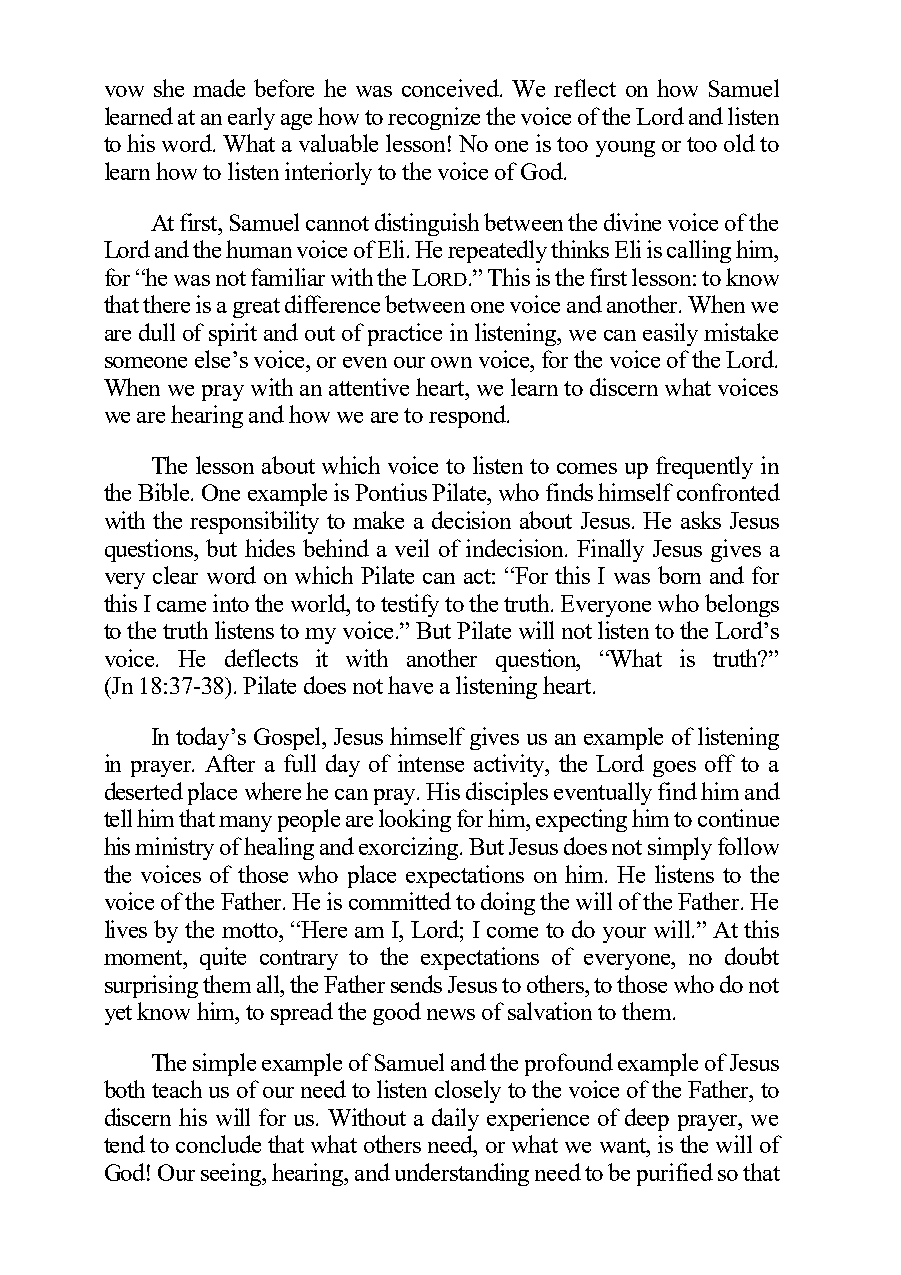
vow she made before he was conceived. We reflect on how Samuel
 learned at an early age how to recognize the voice of the Lord and listen
 to his word. What a valuable lesson! No one is too young or too old to
 learn how to listen interiorly to the voice of God.
 At first, Samuel cannot distinguish between the divine voice of the
 Lord and the human voice of Eli. He repeatedly thinks Eli is calling him,
 for “he was not familiar with the LORD.” This is the first lesson: to know
 that there is a great difference between one voice and another. When we
 are dull of spirit and out of practice in listening, we can easily mistake
 someone else’s voice, or even our own voice, for the voice of the Lord.
 When we pray with an attentive heart, we learn to discern what voices
 we are hearing and how we are to respond.
 The lesson about which voice to listen to comes up frequently in
 the Bible. One example is Pontius Pilate, who finds himself confronted
 with the responsibility to make a decision about Jesus. He asks Jesus
 questions, but hides behind a veil of indecision. Finally Jesus gives a
 very clear word on which Pilate can act: “For this I was born and for
 this I came into the world, to testify to the truth. Everyone who belongs
 to the truth listens to my voice.” But Pilate will not listen to the Lord’s
 voice. He deflects it with another question, “What is truth?”
 (Jn 18:37-38). Pilate does not have a listening heart.
 In today’s Gospel, Jesus himself gives us an example of listening
 in prayer. After a full day of intense activity, the Lord goes off to a
 deserted place where he can pray. His disciples eventually find him and
 tell him that many people are looking for him, expecting him to continue
 his ministry of healing and exorcizing. But Jesus does not simply follow
 the voices of those who place expectations on him. He listens to the
 voice of the Father. He is committed to doing the will of the Father. He
 lives by the motto, “Here am I, Lord; I come to do your will.” At this
 moment, quite contrary to the expectations of everyone, no doubt
 surprising them all, the Father sends Jesus to others, to those who do not
 yet know him, to spread the good news of salvation to them.
 The simple example of Samuel and the profound example of Jesus
 both teach us of our need to listen closely to the voice of the Father, to
 discern his will for us. Without a daily experience of deep prayer, we
 tend to conclude that what others need, or what we want, is the will of
 God! Our seeing, hearing, and understanding need to be purified so that